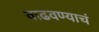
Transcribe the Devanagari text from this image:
वाढवण्याचं